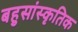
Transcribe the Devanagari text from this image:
बहुसांस्‍कृतिक